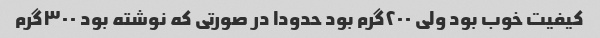
کیفیت خوب بود ولی ۲۰۰گرم بود حدودا در صورتی که نوشته بود ۳۰۰گرم